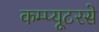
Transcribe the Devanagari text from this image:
कम्प्यूटरसे